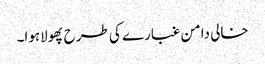
خالی دامن غبارے کی طرح پھولاہوا۔